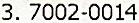
3. 7002-0014